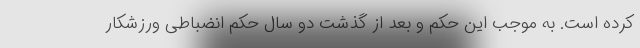
کرده است. به موجب این حکم و بعد از گذشت دو سال حکم انضباطی ورزشکار